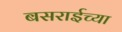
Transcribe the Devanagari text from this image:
बसराईच्या